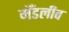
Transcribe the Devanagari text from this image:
मेँडलीव